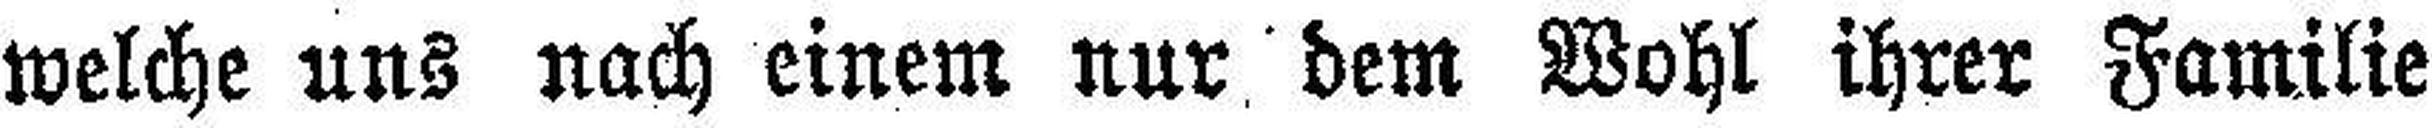
welche uns nach einem nur dem Wohl ihrer Familie